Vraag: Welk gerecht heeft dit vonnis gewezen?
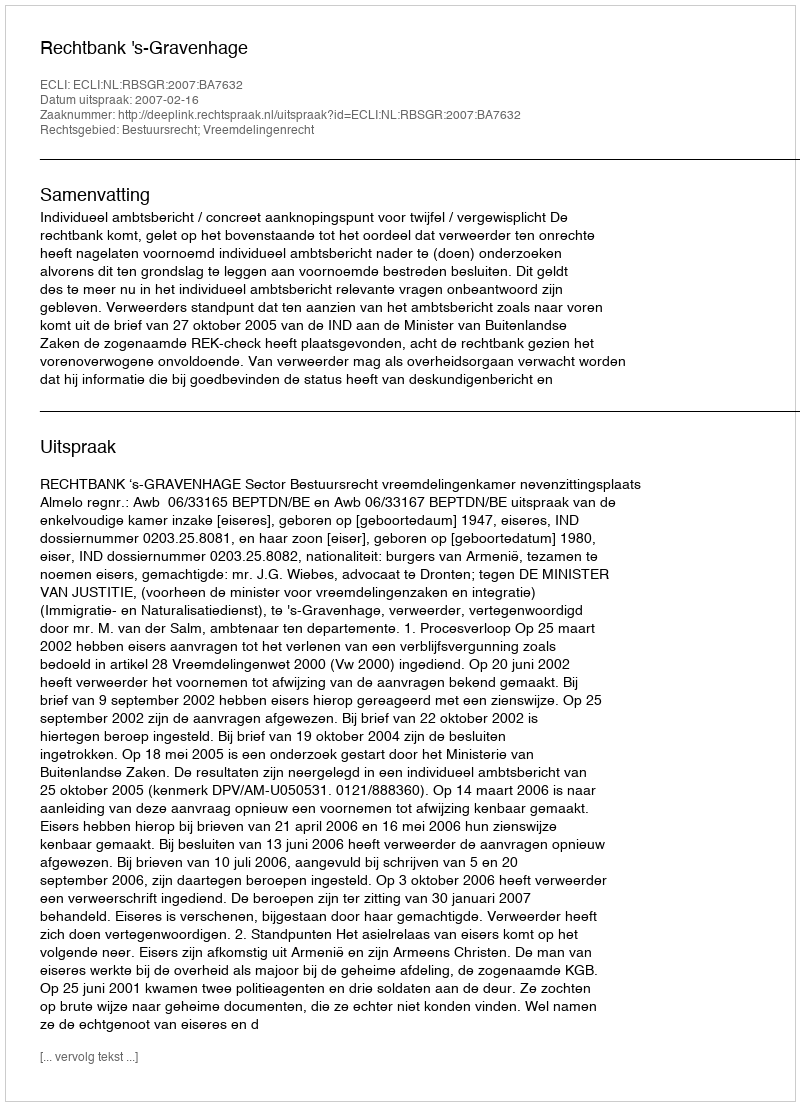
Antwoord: Rechtbank 's-Gravenhage